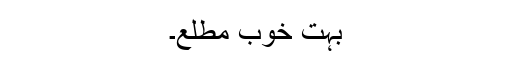
بہت خوب مطلع۔